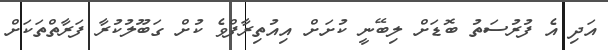
އަދި އެ ފުރުސަތު ބޮޑަށް ލިބޭނީ ކުށަށް އިއުތިރާފްވެ ކުށް ގަބޫލުކުރާ ފަރާތްތަކަށް